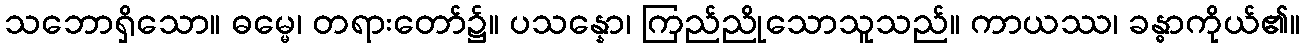
သဘောရှိသော။ ဓမ္မေ၊ တရားတော်၌။ ပသန္နော၊ ကြည်ညိုသောသူသည်။ ကာယဿ၊ ခန္ဓာကိုယ်၏။